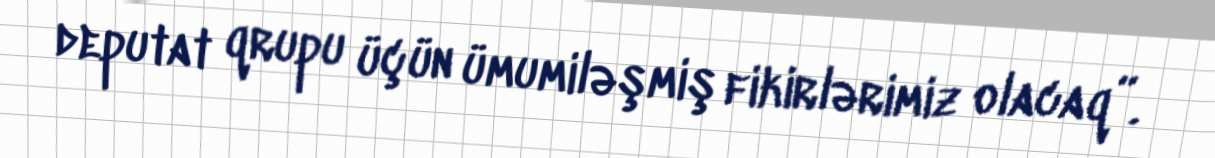
deputat qrupu üçün ümumiləşmiş fikirlərimiz olacaq”.